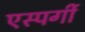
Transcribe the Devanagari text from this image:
एस्पर्गी